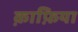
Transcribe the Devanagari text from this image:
क़ाफ़िया